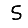
Digit: 5